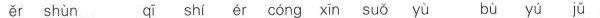
ěr shùn qī shi ér cóng xin su yù bù yú jǔ